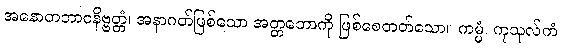
အနောတဘာဝနိဗ္ဗတ္တံ၊ အနာဂတ်ဖြစ်သော အတ္တဘောကို ဖြစ်စေတတ်သော။ ကမ္မံ၊ ကုသုလ်ကံ